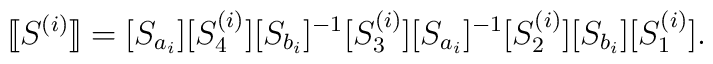
[\hspace{-0.7mm}[S^{(i)}]\hspace{-0.7mm}]=[S_{a_i}][S_4^{(i)}][S_{b_i}]^{-1}[S_3^{(i)}][S_{a_i}]^{-1}[S_2^{(i)}][S_{b_i}][S_1^{(i)}].